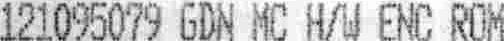
121095079 GDN MC H/W ENC ROM